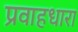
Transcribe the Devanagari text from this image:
प्रवाहधारा